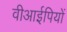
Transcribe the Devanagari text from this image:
वीआईपियों